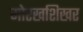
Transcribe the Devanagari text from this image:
गोरखशिखर